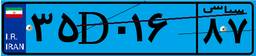
۳۵D۰۱۶۸۷